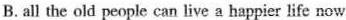
B. all the old people can live a happiar life now